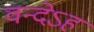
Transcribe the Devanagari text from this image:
वन्देऽहं